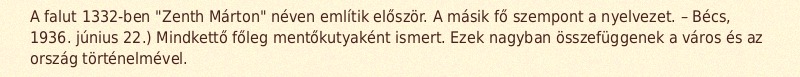
A falut 1332-ben "Zenth Márton" néven említik először. A másik fő szempont a nyelvezet. – Bécs, 1936. június 22.) Mindkettő főleg mentőkutyaként ismert. Ezek nagyban összefüggenek a város és az ország történelmével.